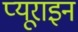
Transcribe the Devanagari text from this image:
प्यूराइन